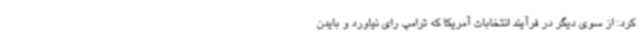
کرد: از سوی دیگر در فرآیند انتخابات آمریکا که ترامپ رای نیاورد و بایدن